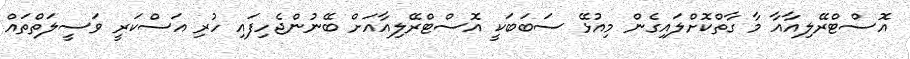
އޮސްޓްރޭލިއާއާ މާ ގާތްކޮށްލައިގެން މިއުޅޭ ސަބަބަކީ އޮސްޓްރޭލިއާއަށް ބޭނުންޖެހިފައި ހުރި އަސްކަރީ ވަސީލަތްތައް